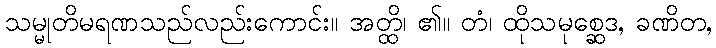
သမ္မုတိမရဏသည်လည်းကောင်း။ အတ္ထိ၊ ၏။ တံ၊ ထိုသမုစ္ဆေဒ, ခဏိတ,